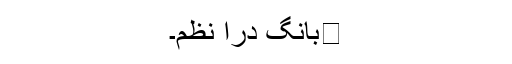
📚بانگ درا نظم۔